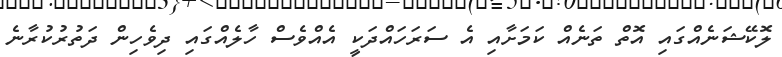
ލޮކޭޝަނެއްގައި އޮތް ތަނެއް ކަމަށާއި އެ ސަރަހައްދަކީ އެއްވެސް ހާލެއްގައި ދިވެހިން ދަތުރުކުރާނެ